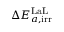
\Delta E _ { a , \mathrm { i r r } } ^ { \mathrm { L a L } }